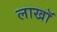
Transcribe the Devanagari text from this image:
लाखॉ